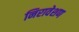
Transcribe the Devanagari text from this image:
निरावेशण